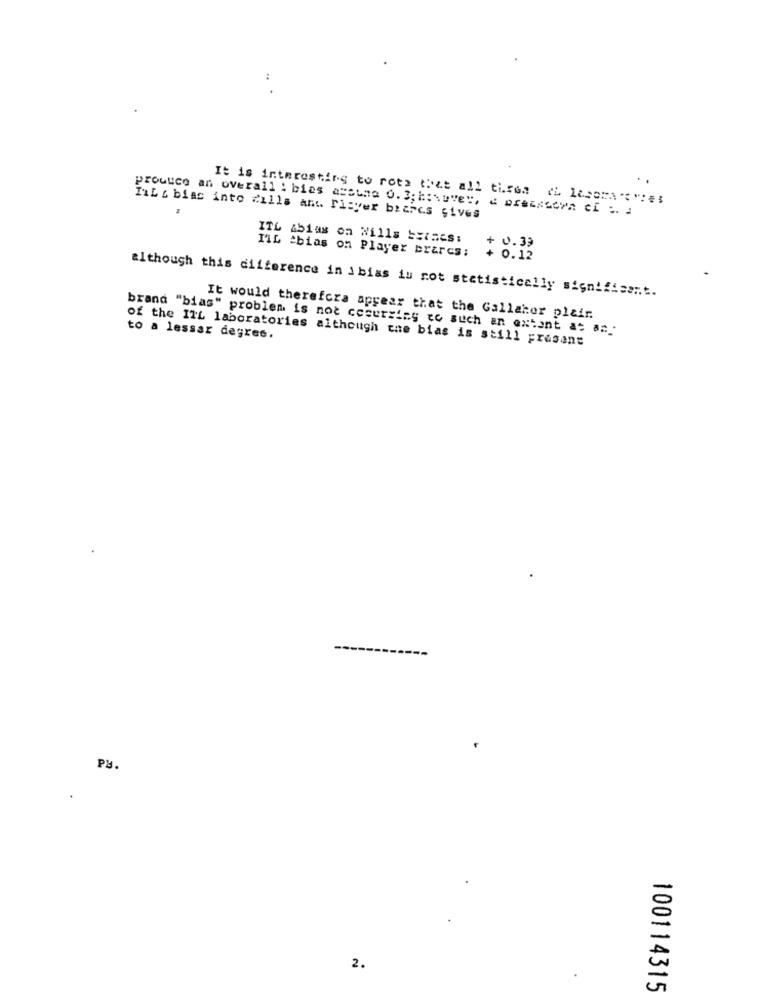
:
It is interesting to rots that all tirea (h 1as= "";
prouuce an overall : bias asothe 0. 3; however, & preiseora ci p. a
1
TIL & bias into zills and ricver biares sives
ITL Abias on Wills == ises:
TIL 'bias on Player brares:
+ 0.39
+ 0.12
although this difference in ibias is not statistically signifisent.
It would therefcra appear that the Gallaher plair.
brand "bias" problem is not cecursing zo such an extant at an .
to a lessar degres.
of the ITL laboratories although the bias is still presans
Py
2.
100114315